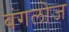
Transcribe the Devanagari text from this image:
बंगलोज